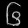
Digit: ၆